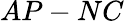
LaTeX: AP-NC